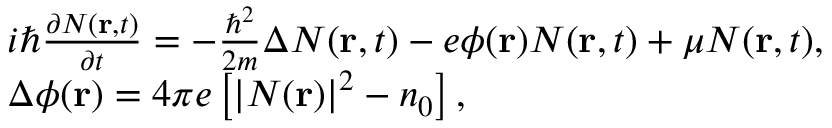
\begin{array} { r l } & { i \hbar \frac { { \partial N ( { \bf { r } } , t ) } } { { \partial t } } = - \frac { { { \hbar ^ { 2 } } } } { { 2 m } } \Delta N ( { \bf { r } } , t ) - e \phi ( { \bf { r } } ) N ( { \bf { r } } , t ) + \mu N ( { \bf { r } } , t ) , } \\ & { \Delta \phi ( { \bf { r } } ) = 4 \pi e \left[ { | N ( { \bf { r } } ) { | ^ { 2 } } - { n _ { 0 } } } \right] , } \end{array}